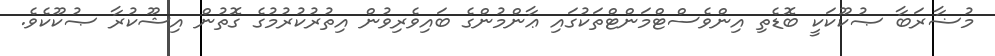
މުޟާރަބާ ޞުކޫކަކީ ބޮޑެތި އިންވެސްޓްމަންޓްތަކުގައި ޢާންމުންގެ ބައިވެރިވުން އިތުރުކުރުމުގެ ގޮތުން އިޝޫކުރާ ޞުކޫކެވެ.